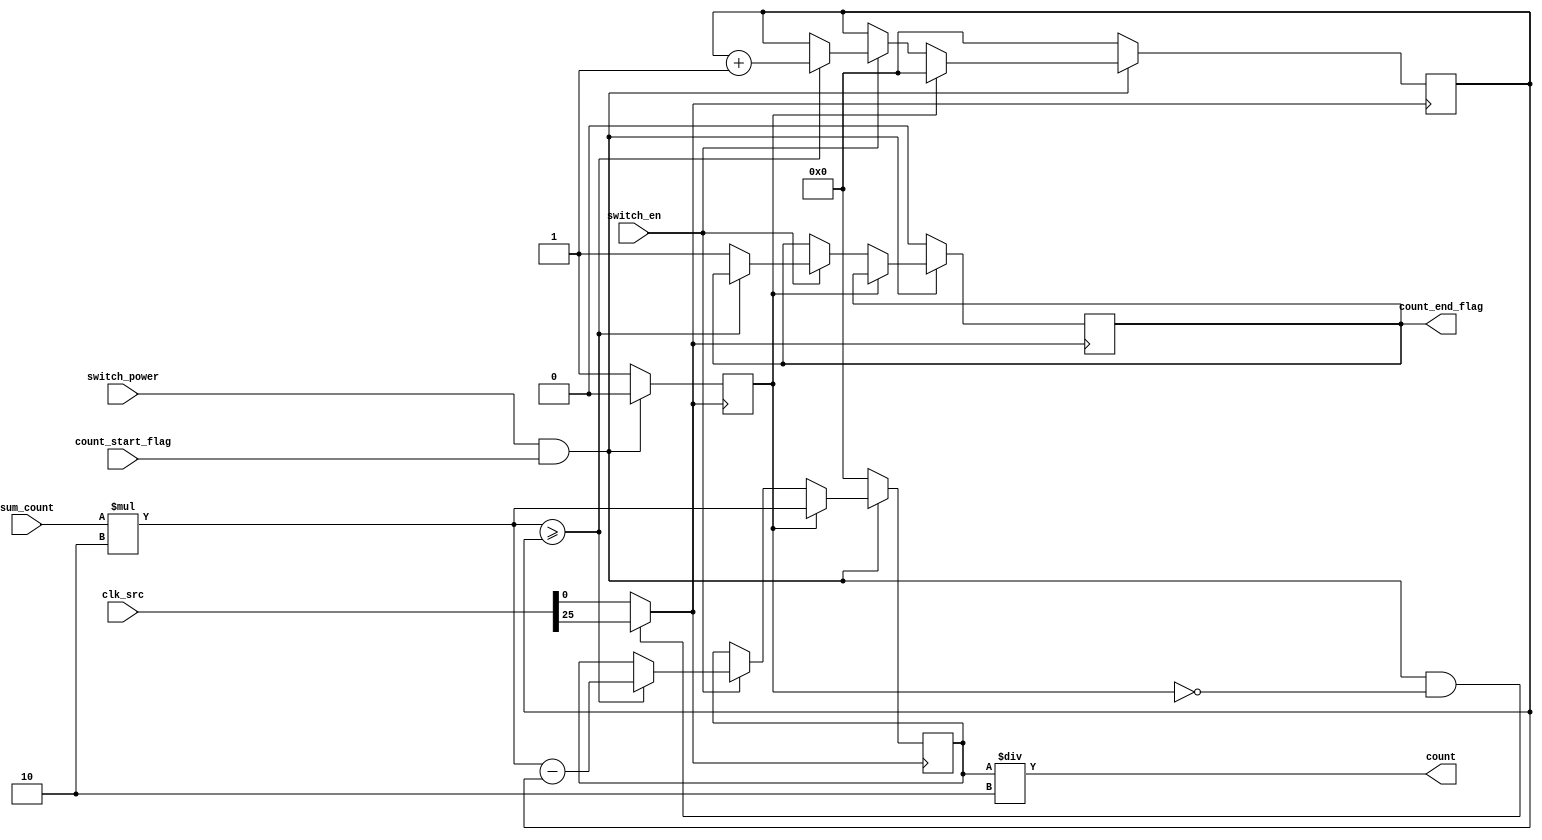
module timer
#(parameter WIDTH = 32, CLK_CH = 25, TIME_SCORE = 2)
(   input [31:0]clk_src,
    input switch_power,
    input switch_en,
    input [(WIDTH-1):0]sum_count,
    input count_start_flag,
    output reg count_end_flag,
    output [(WIDTH-1):0] count
);
    reg init_flag;
    wire real_clk;
    wire [(WIDTH-1):0] sum_count_mode;
    reg [(WIDTH-1):0] count_mode;
    reg [(WIDTH-1):0] reverse_count;
    
    // if change TIME_SCORE, you can change simulate time step
    assign sum_count_mode = sum_count * TIME_SCORE;
    assign count = count_mode / TIME_SCORE;
    
    initial begin
        count_end_flag <= 0;
        init_flag <= 1;
        reverse_count <= 0;
        count_mode  <= 0;
    end
    
    //information: count has a second delay
    assign real_clk = (switch_power & count_start_flag & !init_flag) ? clk_src[CLK_CH] : clk_src[0];
    
    always @(posedge real_clk) begin
        if (switch_power & count_start_flag) begin
            if(init_flag) begin
                reverse_count = 0;
                count_mode = sum_count_mode;
                // when fisrt enter this module, start to initiate
                init_flag = 0;
            end else if (switch_en) begin
                //add time score
                if (sum_count_mode >= reverse_count) begin
                    count_mode = sum_count_mode - reverse_count;
                    reverse_count = reverse_count + 1;
                end else begin
                    count_end_flag = 1;
                end
            end
        end else begin
            count_end_flag <= 0;
            reverse_count <= 0;
            count_mode <= 0;
            // when leave this module, reset init_flag to 1,
            // making next time enter this module, all var of this module can be reset
            init_flag <= 1;
        end
    end
endmodule